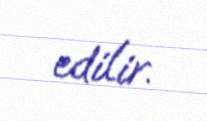
edilir.